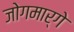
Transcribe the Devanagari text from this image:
जोगमार्गे